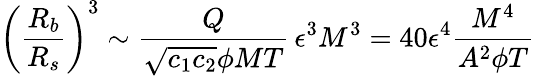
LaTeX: \left(\frac{R_{b}}{R_{s}}\right)^{3}\sim\frac{Q}{\sqrt{c_{1}c_{2}}\phi MT}\, \epsilon^{3}M^{3}=40\epsilon^{4}\frac{M^{4}}{A^{2}\phi T}